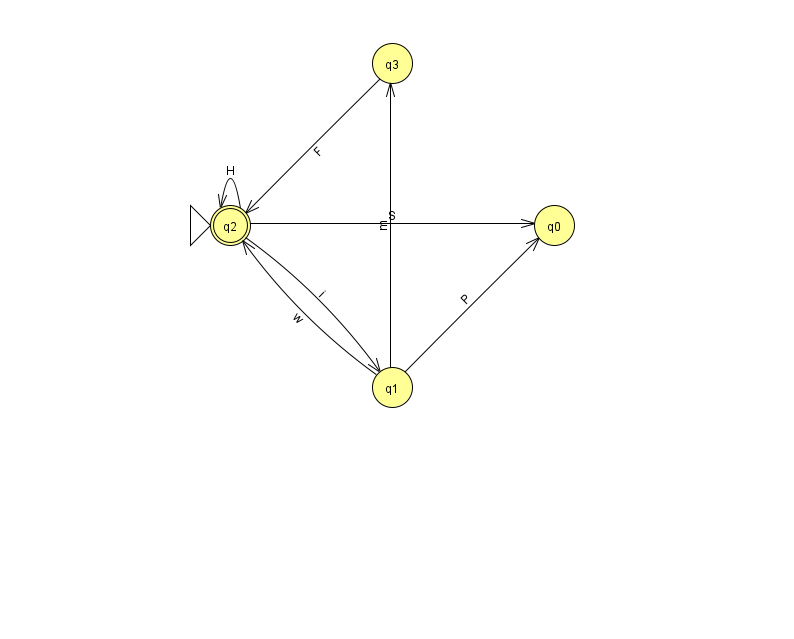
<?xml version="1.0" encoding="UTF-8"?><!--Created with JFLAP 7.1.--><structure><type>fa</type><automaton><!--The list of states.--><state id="0" name="q0"><x>554.0</x><y>212.0</y></state><state id="1" name="q1"><x>392.0</x><y>374.0</y></state><state id="2" name="q2"><x>230.0</x><y>212.0</y><initial/><final/></state><state id="3" name="q3"><x>392.0</x><y>50.0</y></state><!--The list of transitions.--><transition><from>1</from><to>0</to><read>P</read></transition><transition><from>2</from><to>1</to><read>i</read></transition><transition><from>1</from><to>2</to><read>w</read></transition><transition><from>2</from><to>2</to><read>H</read></transition><transition><from>1</from><to>3</to><read>m</read></transition><transition><from>3</from><to>2</to><read>F</read></transition><transition><from>2</from><to>0</to><read>S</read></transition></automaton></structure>